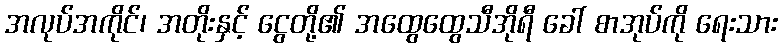
အလုပ်အကိုင်၊ အတိုးနှင့် ငွေတို့၏ အထွေထွေသီအိုရီ ခေါ် စာအုပ်ကို ရေးသား